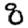
Digit: 8